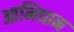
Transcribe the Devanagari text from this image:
आभिधान